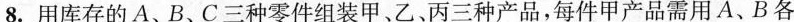
8.用库存的A、B、C三种零件组装甲、乙丙三种产品，每件甲产品需用A、B各